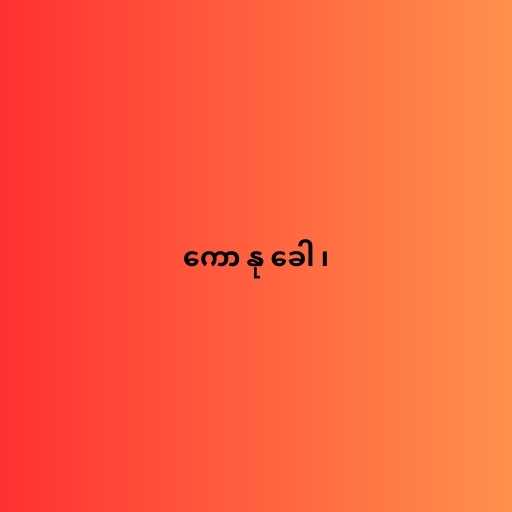
ကော နု ခေါ ၊